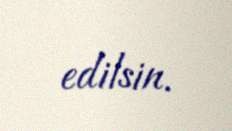
edilsin.